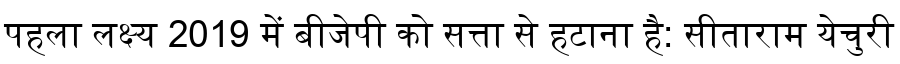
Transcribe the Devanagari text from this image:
पहला लक्ष्य 2019 में बीजेपी को सत्ता से हटाना है: सीताराम येचुरी